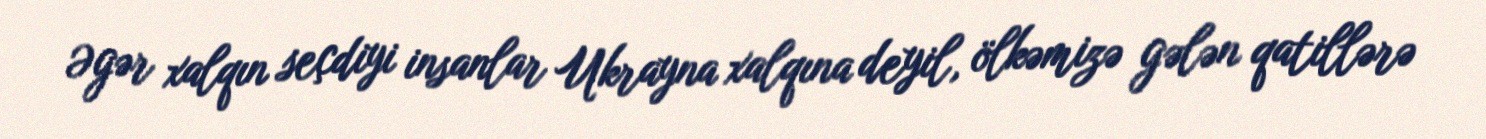
Əgər xalqın seçdiyi insanlar Ukrayna xalqına deyil, ölkəmizə gələn qatillərə